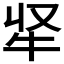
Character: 𭷘